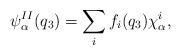
LaTeX: \begin{align*} \psi_\alpha^{II}(q_3)=\sum_{i}f_i(q_3)\chi_\alpha^i,\end{align*}